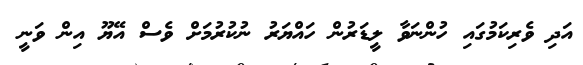
އަދި ވެރިކަމުގައި ހުންނަވާ ލީޑަރުން ހައްޔަރު ނުކުރުމަށް ވެސް އޭޔޫ އިން ވަނީ